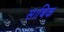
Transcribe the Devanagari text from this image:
साबिक